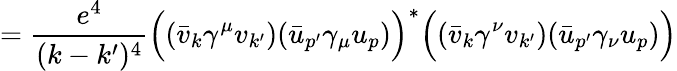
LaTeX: ={\frac{e^{4}}{(k-k^{\prime})^{4}}}{\Big(}({\bar{v}}_{k}\gamma^{\mu}v_{k^{\prime}})({\bar{u}}_{p^{\prime}}\gamma_{\mu}u_{p}){\Big)}^{*}{\Big(}({\bar{v}}_{k}\gamma^{\nu}v_{k^{\prime}})({\bar{u}}_{p^{\prime}}\gamma_{\nu}u_{p}){\Big)}